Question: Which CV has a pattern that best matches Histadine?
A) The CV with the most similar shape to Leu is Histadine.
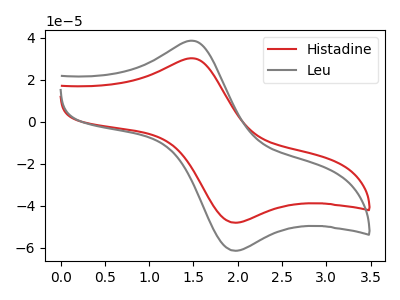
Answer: <think>The red curve "Histadine" has an anodic peak at (1.50V, 30.10uA) and a cathodic peak at (1.95V, -48.15uA). The gray curve "Leu" has an anodic peak at (1.50V, 38.45uA) and a cathodic peak at (1.95V, -61.45uA).
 All the peaks in "Histadine" have a peak in "Leu" at the same potential. Every peak in "Histadine" is lower than every peak in "Leu".</think>
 <answer>A) The CV with the most similar shape to "Leu" is "Histadine".</answer>
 <eval>A</eval>